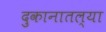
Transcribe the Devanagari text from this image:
दुकानातल्या